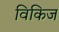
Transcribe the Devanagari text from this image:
विकिज